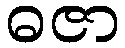
ဓဇာ